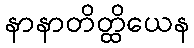
နာနာတိတ္ထိယေန